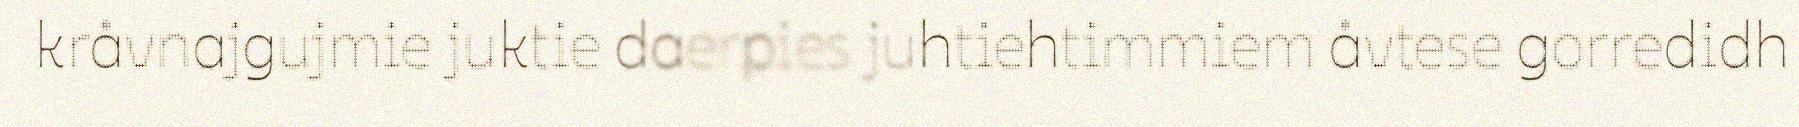
kråvnajgujmie juktie daerpies juhtiehtimmiem åvtese gorredidh